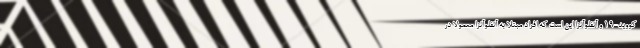
کووید-۱۹ و آنفلوآنزا این است که افراد مبتلا به آنفلوآنزا معمولا در